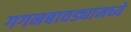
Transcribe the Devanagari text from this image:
गगनबावड्यामध्ये